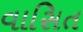
વાસિત